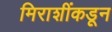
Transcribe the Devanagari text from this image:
मिराशींकडून